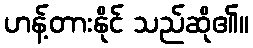
ဟန့်တားနိုင် သည်ဆို၏။